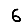
Digit: 6